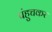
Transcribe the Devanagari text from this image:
पंहुचकर